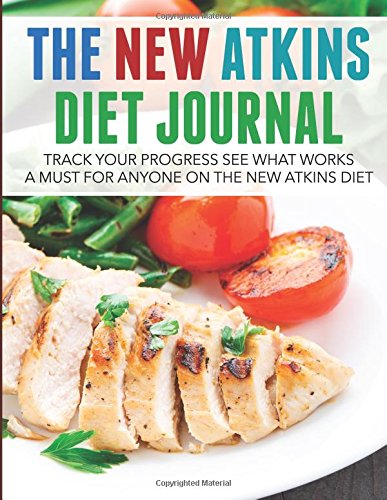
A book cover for The New Atkins Diet Journal: Track Your Progress See What Works: A Must For Anyone On The New Atkins Diet; Speedy Publishing LLC; Health, Fitness & Dieting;